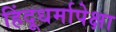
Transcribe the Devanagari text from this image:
हिंदूधर्मापेक्षा